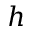
h